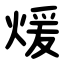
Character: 煖